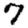
Digit: 7